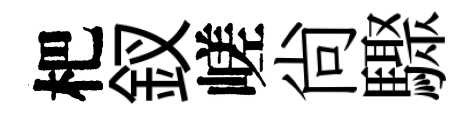
杷釵嵯尙驟